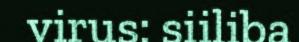
virus: siiliba